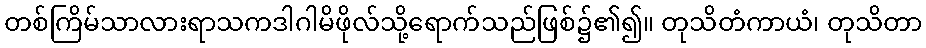
တစ်ကြိမ်သာလားရာသကဒါဂါမိဖိုလ်သို့ရောက်သည်ဖြစ်၌၏၍။ တုသိတံကာယံ၊ တုသိတာ